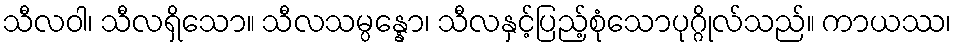
သီလဝါ၊ သီလရှိသော။ သီလသမ္ပန္နော၊ သီလနှင့်ပြည့်စုံသောပုဂ္ဂိုလ်သည်။ ကာယဿ၊